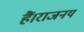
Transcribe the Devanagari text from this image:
हैं।राजनय